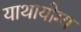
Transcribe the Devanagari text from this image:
याथायोग्य